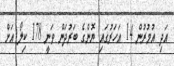
އަދި އުމުރުން 14 އަހަރުގައި ޔޮންގެ ބަރުދަން ވަނީ 178 ކިލޯ އަށް